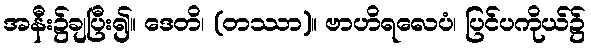
အနီး၌ချပြီး၍။ ဒေတိ၊ (တဿာ)။ ဗာဟိရလေပံ၊ ပြင်ပကိုယ်၌